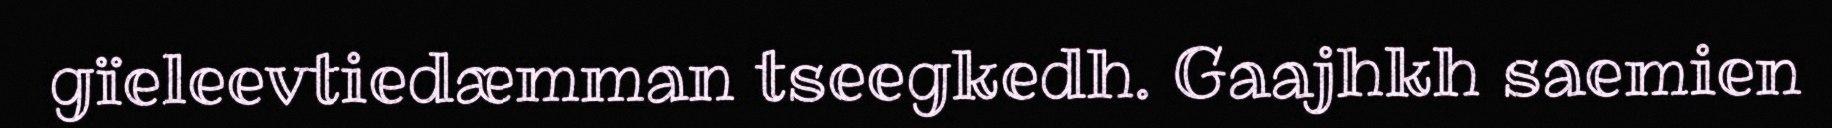
gïeleevtiedæmman tseegkedh. Gaajhkh saemien